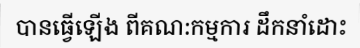
បានធ្វើឡើង ពីគណ:កម្មការ ដឹកនាំដោះ